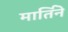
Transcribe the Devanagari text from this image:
मार्तिने